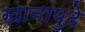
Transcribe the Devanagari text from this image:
खानापुढे